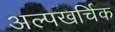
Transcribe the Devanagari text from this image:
अल्पखर्चिक